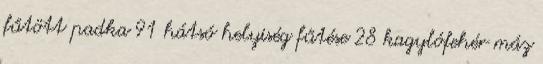
fűtött padka 91 hátsó helyiség fűtése 28 kagylófehér máz